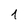
Character: 1